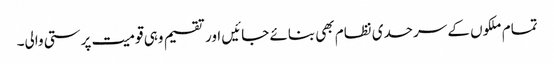
تمام ملکوں کے سرحدی نظام بھی بنائے جائیں اور تقسیم وہی قومیت پرستی والی۔